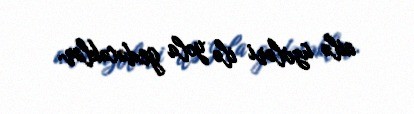
ailə üzvləri ilə yola gedəcəklər.